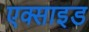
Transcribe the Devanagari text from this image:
एक्साइड